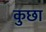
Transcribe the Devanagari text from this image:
कुछा